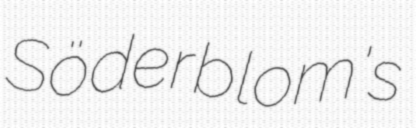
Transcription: Söderblom's